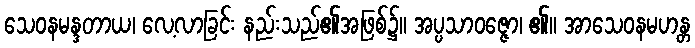
သေဝနမန္ဒတာယ၊ လေ့လာခြင်း နည်းသည်၏အဖြစ်၌။ အပ္ပသာဝဇ္ဇော၊ ၏။ အာသေဝနမဟန္တ